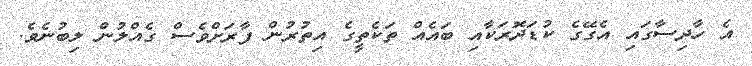
އެ ހާދިސާގައި އެގޭގެ ކުޑަދޮރަކާއި ބައެއް ތަކެތީގެ އިތުރުން ފާރަށްވެސް ގެއްލުން ލިބުނެވެ.